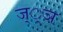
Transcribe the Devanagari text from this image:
ज््ञ